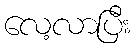
လေ့လာပြီး